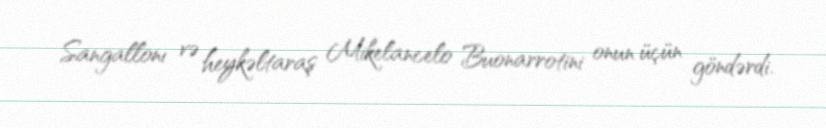
Sangallonı və heykəltaraş Mikelancelo Buonarrotini onun üçün göndərdi.